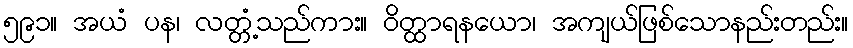
၅၉၁။ အယံ ပန၊ လတ္တံ့သည်ကား။ ဝိတ္ထာရနယော၊ အကျယ်ဖြစ်သောနည်းတည်း။